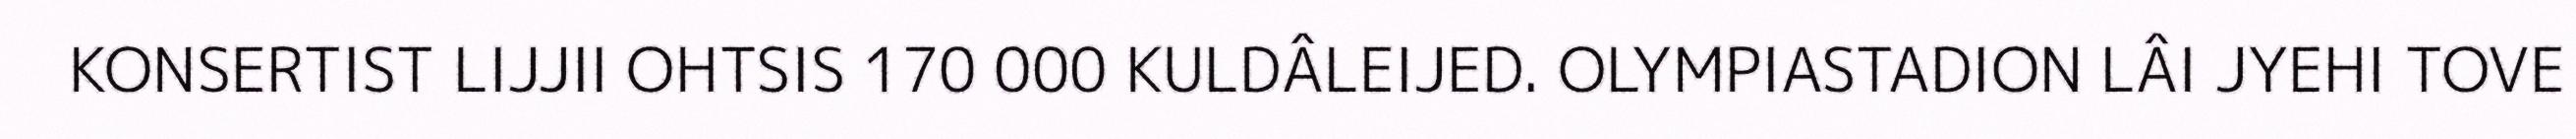
KONSERTIST LIJJII OHTSIS 170 000 KULDÂLEIJED. OLYMPIASTADION LÂI JYEHI TOVE